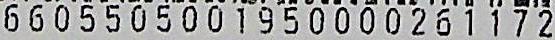
6605505001950000261172